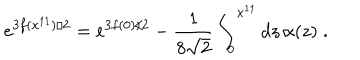
LaTeX: e ^ { 3 f ( x ^ { 1 1 } ) / 2 } = e ^ { 3 f ( 0 ) / 2 } - \frac { 1 } { 8 \sqrt { 2 } } \int _ { 0 } ^ { x ^ { 1 1 } } d z \, \alpha ( z ) \; .